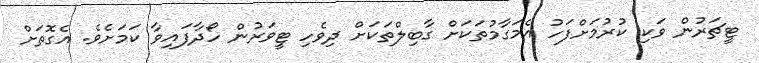
ޓީޗަރުން ވަކި ކުރުމަށްފަހު އެމަގާމުތަކަށް ގާބިލްތަކަށް ދިވެހި ޓީވަރުން ހޯދާފައިވާ ކަމަށެވެ. އެގޮތަށް